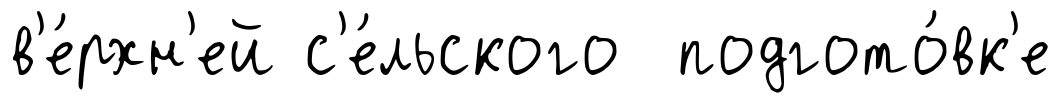
в'е́рхн'ей с'е́льского подгото́вк'е